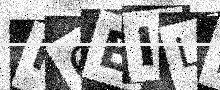
Text: K6EILE